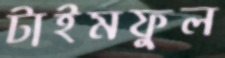
টাইমফুল